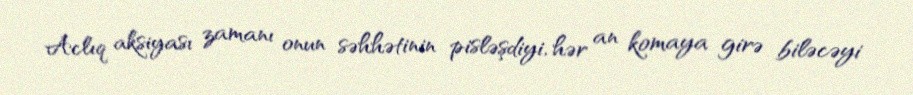
Aclıq aksiyası zamanı onun səhhətinin pisləşdiyi, hər an komaya girə biləcəyi